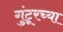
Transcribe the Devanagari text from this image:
गुंटूरच्या